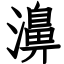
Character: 濞